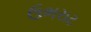
ઉભરાટ